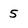
Character: 5